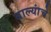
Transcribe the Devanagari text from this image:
बाल्यांचे